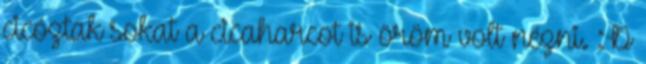
cicóztak sokat a cicaharcot is öröm volt nézni. :D